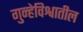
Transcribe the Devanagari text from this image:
गुन्हेविश्वातील